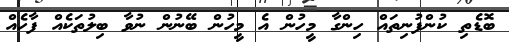
ބޮޑެތި ކުންފުނިތައް ހިންގާ މީހުން އެ މީހުން ބޭނުން ނުވާ ބިލުތަކެއް ފާހެއް